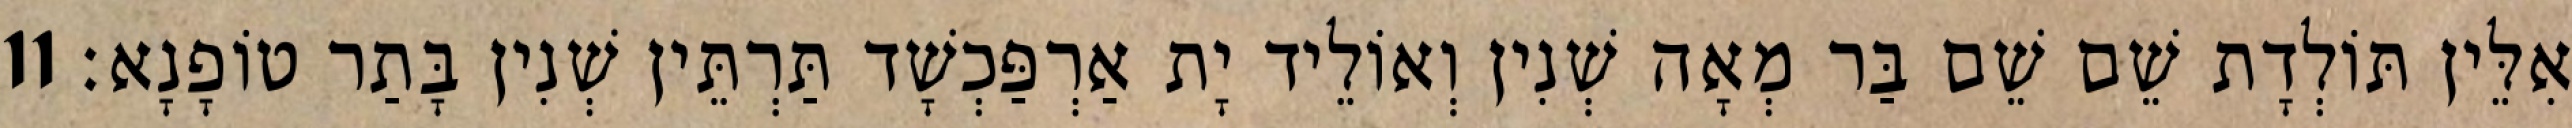
אִלֵּין תּוֹלְדָת שֵׁם שֵׁם בַּר מְאָה שְׁנִין וְאוֹלֵיד יָת אַרְפַּכְשָׁד תַּרְתֵּין שְׁנִין בָּתַר טוֹפָנָא׃ 11